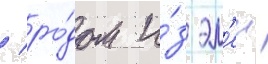
/ ро́дом и́з эл'еи